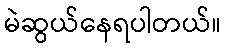
မဲဆွယ်နေရပါတယ်။